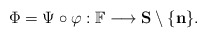
\begin{align*}\Phi = \Psi \circ \varphi: \mathbb{F} \longrightarrow \mathbf{S}\setminus\{ \mathbf{n} \}.\end{align*}